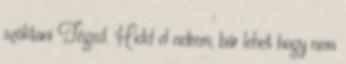
szólítani Téged. Hidd el nekem, bár lehet hogy nem